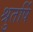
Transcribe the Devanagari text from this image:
श्रुतर्षि